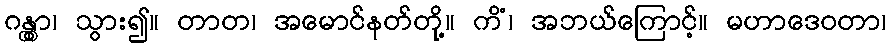
ဂန္တွာ၊ သွား၍။ တာတ၊ အမောင်နတ်တို့။ ကိံ၊ အဘယ်ကြောင့်။ မဟာဒေဝတာ၊